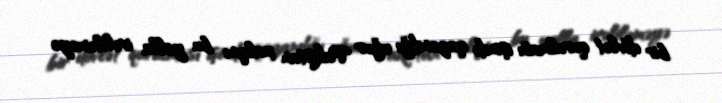
bir dövlət qurulması işində qazandığı uğur Pakistan xalqını bu yolla irəliləməyə